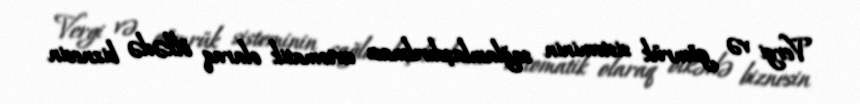
Vergi və gömrük sisteminin sağlamlaşdırılması avtomatik olaraq ölkədə biznesin